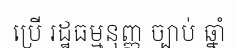
ប្រើ រដ្ឋធម្មនុញ្ញ ច្បាប់ ឆ្នាំ